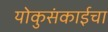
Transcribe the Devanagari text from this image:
योकुसंकाईचा